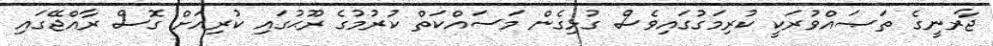
ޖާރނީގެ ތަޞައްވުރަކީ ކުރިމަގުގައިވެސް ގުޅިގެން މަސައްކަތް ކުރުމުގެ ރޫޙުގައި ކުރިއަށް ގޮސް ރާއްޖޭގައި